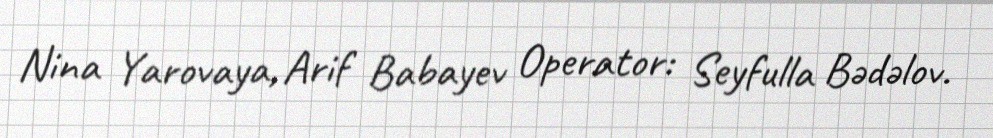
Nina Yarovaya, Arif Babayev Operator: Seyfulla Bədəlov.